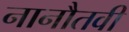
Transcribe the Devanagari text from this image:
नानौतवी